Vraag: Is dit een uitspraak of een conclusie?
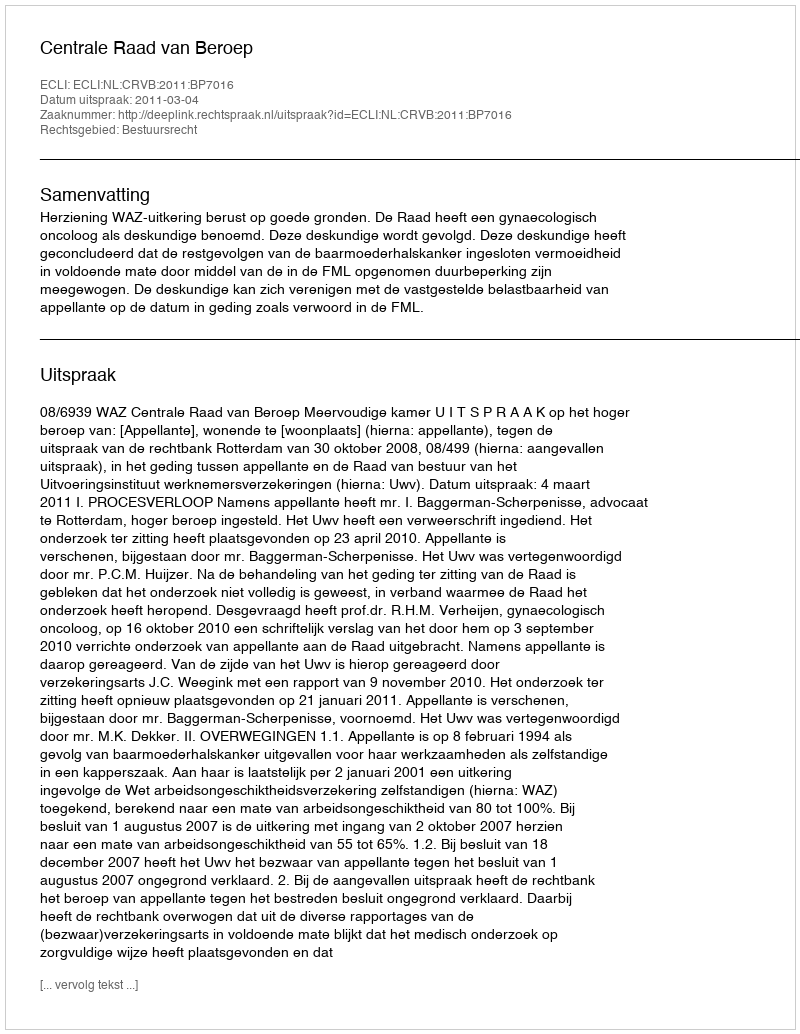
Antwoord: Uitspraak